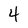
Character: 4